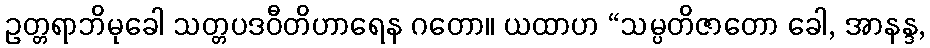
ဥတ္တရာဘိမုခေါ သတ္တပဒဝီတိဟာရေန ဂတော။ ယထာဟ “သမ္ပတိဇာတော ခေါ, အာနန္ဒ,